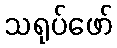
သရုပ်ဖော်